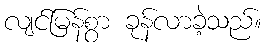
လျင်မြန်စွာ ခုန်လာခဲ့သည်။